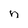
Character: n